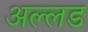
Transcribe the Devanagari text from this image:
अल्लड